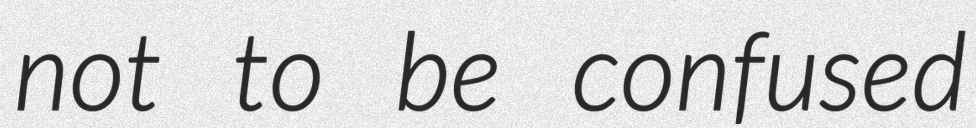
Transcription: not to be confused